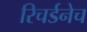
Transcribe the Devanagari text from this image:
रिचर्डनेच